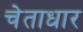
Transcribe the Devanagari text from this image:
चेताधार